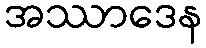
အဿာဒေန